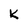
Character: k